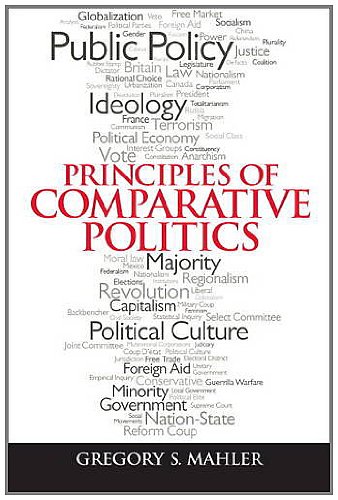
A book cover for Principles of Comparative Politics; Gregory Mahler; Law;